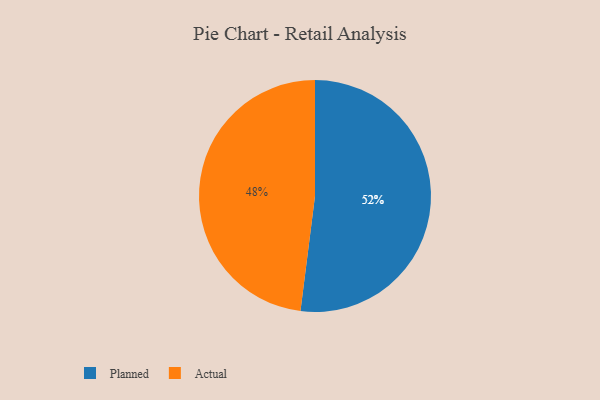
{"axis": {"x": "Category", "y": "Percentage"}, "legend": ["Actual", "Planned"], "data": [{"x": "Planned", "y": 52, "type": "Planned"}, {"x": "Actual", "y": 48, "type": "Actual"}]}